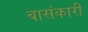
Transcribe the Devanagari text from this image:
बासंकारी